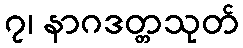
၇၊ နာဂဒတ္တသုတ်